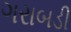
ગરાબડી